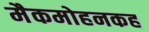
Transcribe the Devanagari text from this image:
मैकमोहनकह